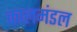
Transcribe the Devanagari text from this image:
कालमंडल